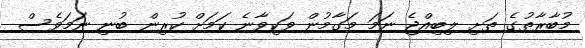
މުބާރާތުގެ ތަށި ލިބިއްޖެ ނަމަ މަގާމުން ވަކިވާނެ ކަމަށް ކުރިން ބުނި ނަމަވެސް